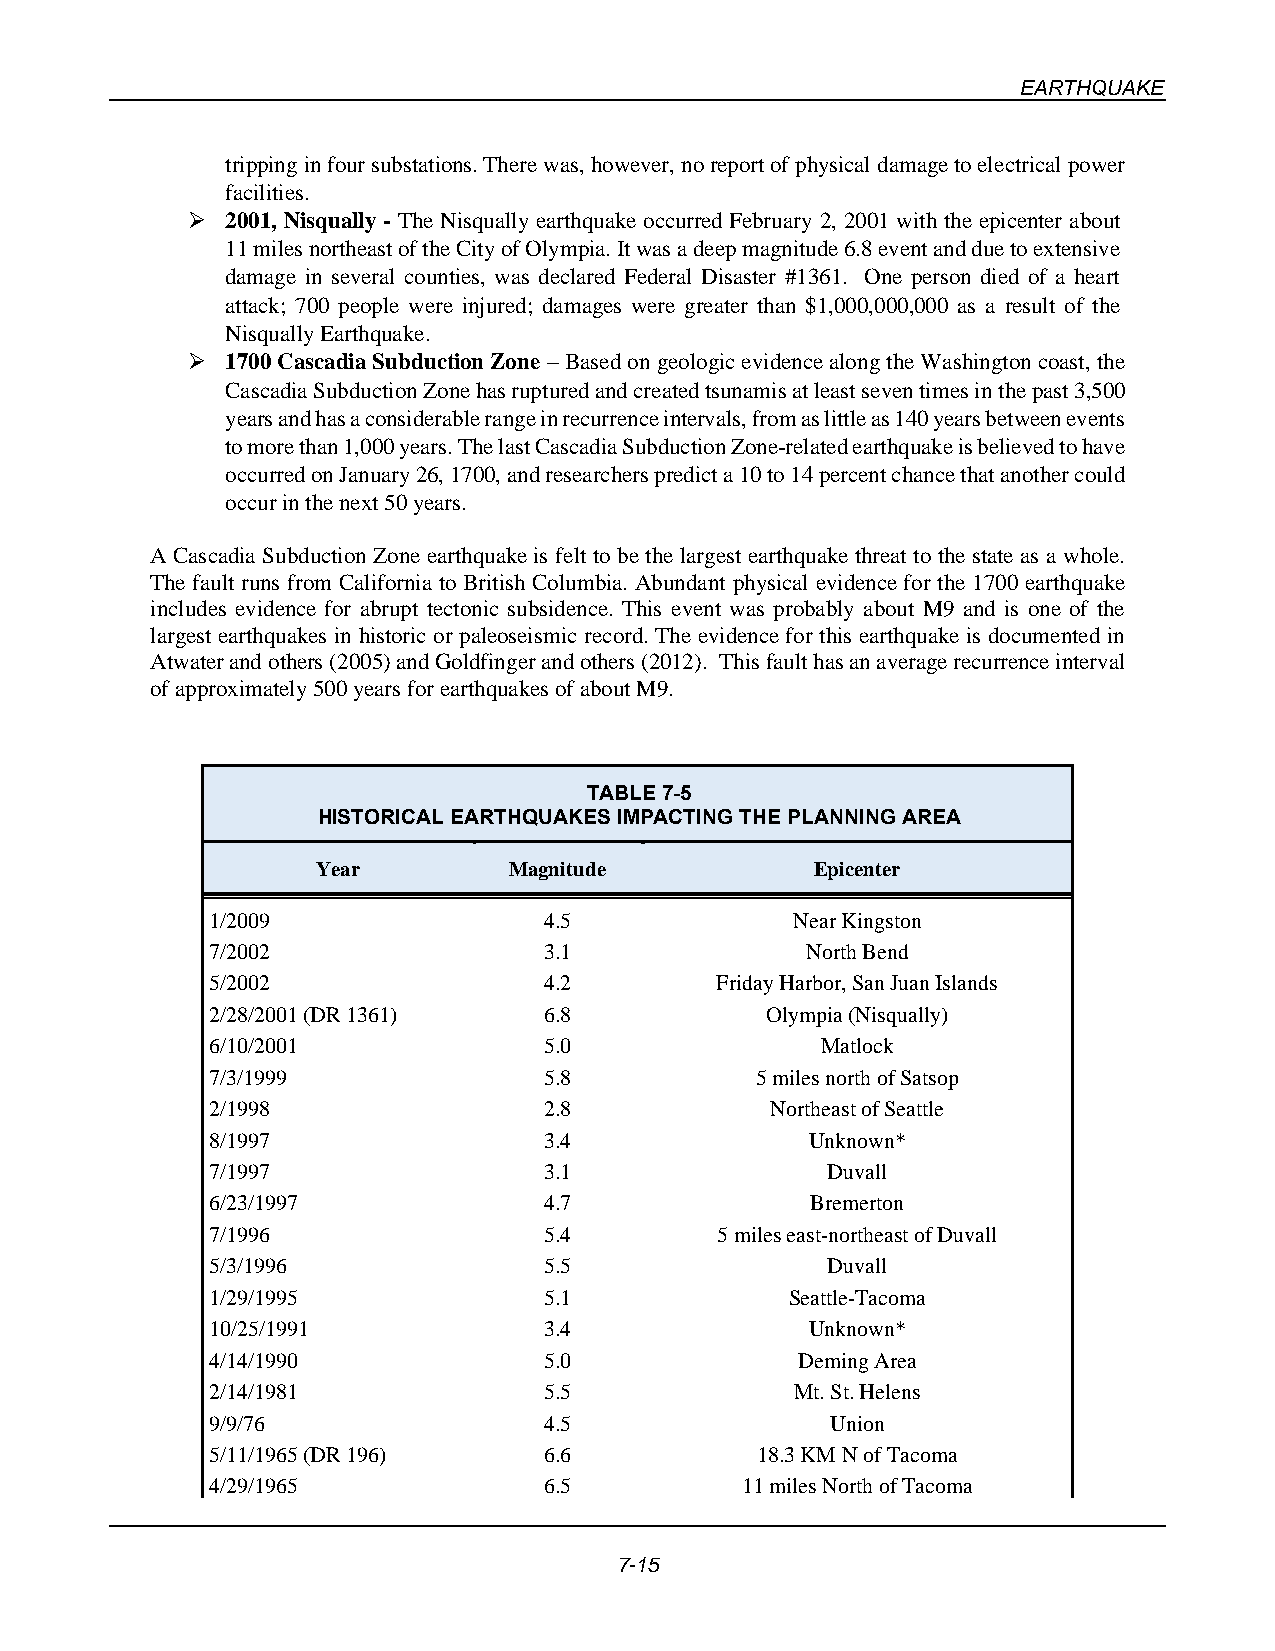
EARTHQUAKE
 tripping in four substations. There was, however, no report of physical damage to electrical power
 facilities.
 ➢  2001, Nisqually - The Nisqually earthquake occurred February 2, 2001 with the epicenter about
 11 miles northeast of the City of Olympia. It was a deep magnitude 6.8 event and due to extensive
 damage in several counties, was declared Federal Disaster #1361. One person died of a heart
 attack; 700 people were injured; damages were greater than $1,000,000,000 as a result of the
 Nisqually Earthquake.
 ➢  1700 Cascadia Subduction Zone – Based on geologic evidence along the Washington coast, the
 Cascadia Subduction Zone has ruptured and created tsunamis at least seven times in the past 3,500
 years and has a considerable range in recurrence intervals, from as little as 140 years between events
 to more than 1,000 years. The last Cascadia Subduction Zone-related earthquake is believed to have
 occurred on January 26, 1700, and researchers predict a 10 to 14 percent chance that another could
 occur in the next 50 years.
 A Cascadia Subduction Zone earthquake is felt to be the largest earthquake threat to the state as a whole.
 The fault runs from California to British Columbia. Abundant physical evidence for the 1700 earthquake
 includes evidence for abrupt tectonic subsidence. This event was probably about M9 and is one of the
 largest earthquakes in historic or paleoseismic record. The evidence for this earthquake is documented in
 Atwater and others (2005) and Goldfinger and others (2012). This fault has an average recurrence interval
 of approximately 500 years for earthquakes of about M9.
 TABLE 7-5
 HISTORICAL EARTHQUAKES IMPACTING THE PLANNING AREA
 Year         Magnitude           Epicenter
 1/2009                4.5              Near Kingston
 7/2002                3.1              North Bend
 5/2002                4.2        Friday Harbor, San Juan Islands
 2/28/2001 (DR 1361)   6.8            Olympia (Nisqually)
 6/10/2001             5.0               Matlock
 7/3/1999              5.8           5 miles north of Satsop
 2/1998                2.8            Northeast of Seattle
 8/1997                3.4               Unknown*
 7/1997                3.1                Duvall
 6/23/1997             4.7               Bremerton
 7/1996                5.4        5 miles east-northeast of Duvall
 5/3/1996              5.5                Duvall
 1/29/1995             5.1             Seattle-Tacoma
 10/25/1991            3.4               Unknown*
 4/14/1990             5.0              Deming Area
 2/14/1981             5.5              Mt. St. Helens
 9/9/76                4.5                Union
 5/11/1965 (DR 196)    6.6           18.3 KM N of Tacoma
 4/29/1965             6.5          11 miles North of Tacoma
 7-15